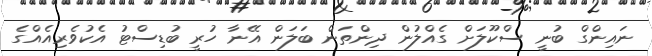
ނައިންގް ބުނީ ސްކޫލަށް ގެއްލުން ދިންތަން ބަލަން އޭނާ ހުރީ ބުޑިސްޓު އެކުވެރިއެއްގެ